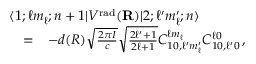
\begin{array} { r l r } { \lefteqn { \langle 1 ; \ell m _ { \ell } ; n + 1 | V ^ { \mathrm { r a d } } ( { \bf R } ) | 2 ; \ell ^ { \prime } m _ { \ell } ^ { \prime } ; n \rangle } } \\ & { = } & { - d ( R ) \sqrt { \frac { 2 \pi I } { c } } \sqrt { \frac { 2 \ell ^ { \prime } + 1 } { 2 \ell + 1 } } C _ { 1 0 , \ell ^ { \prime } m _ { \ell } ^ { \prime } } ^ { \ell m _ { \ell } } C _ { 1 0 , \ell ^ { \prime } 0 } ^ { \ell 0 } \, , } \end{array}